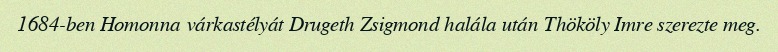
1684-ben Homonna várkastélyát Drugeth Zsigmond halála után Thököly Imre szerezte meg.